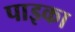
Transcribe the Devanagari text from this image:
पाइका